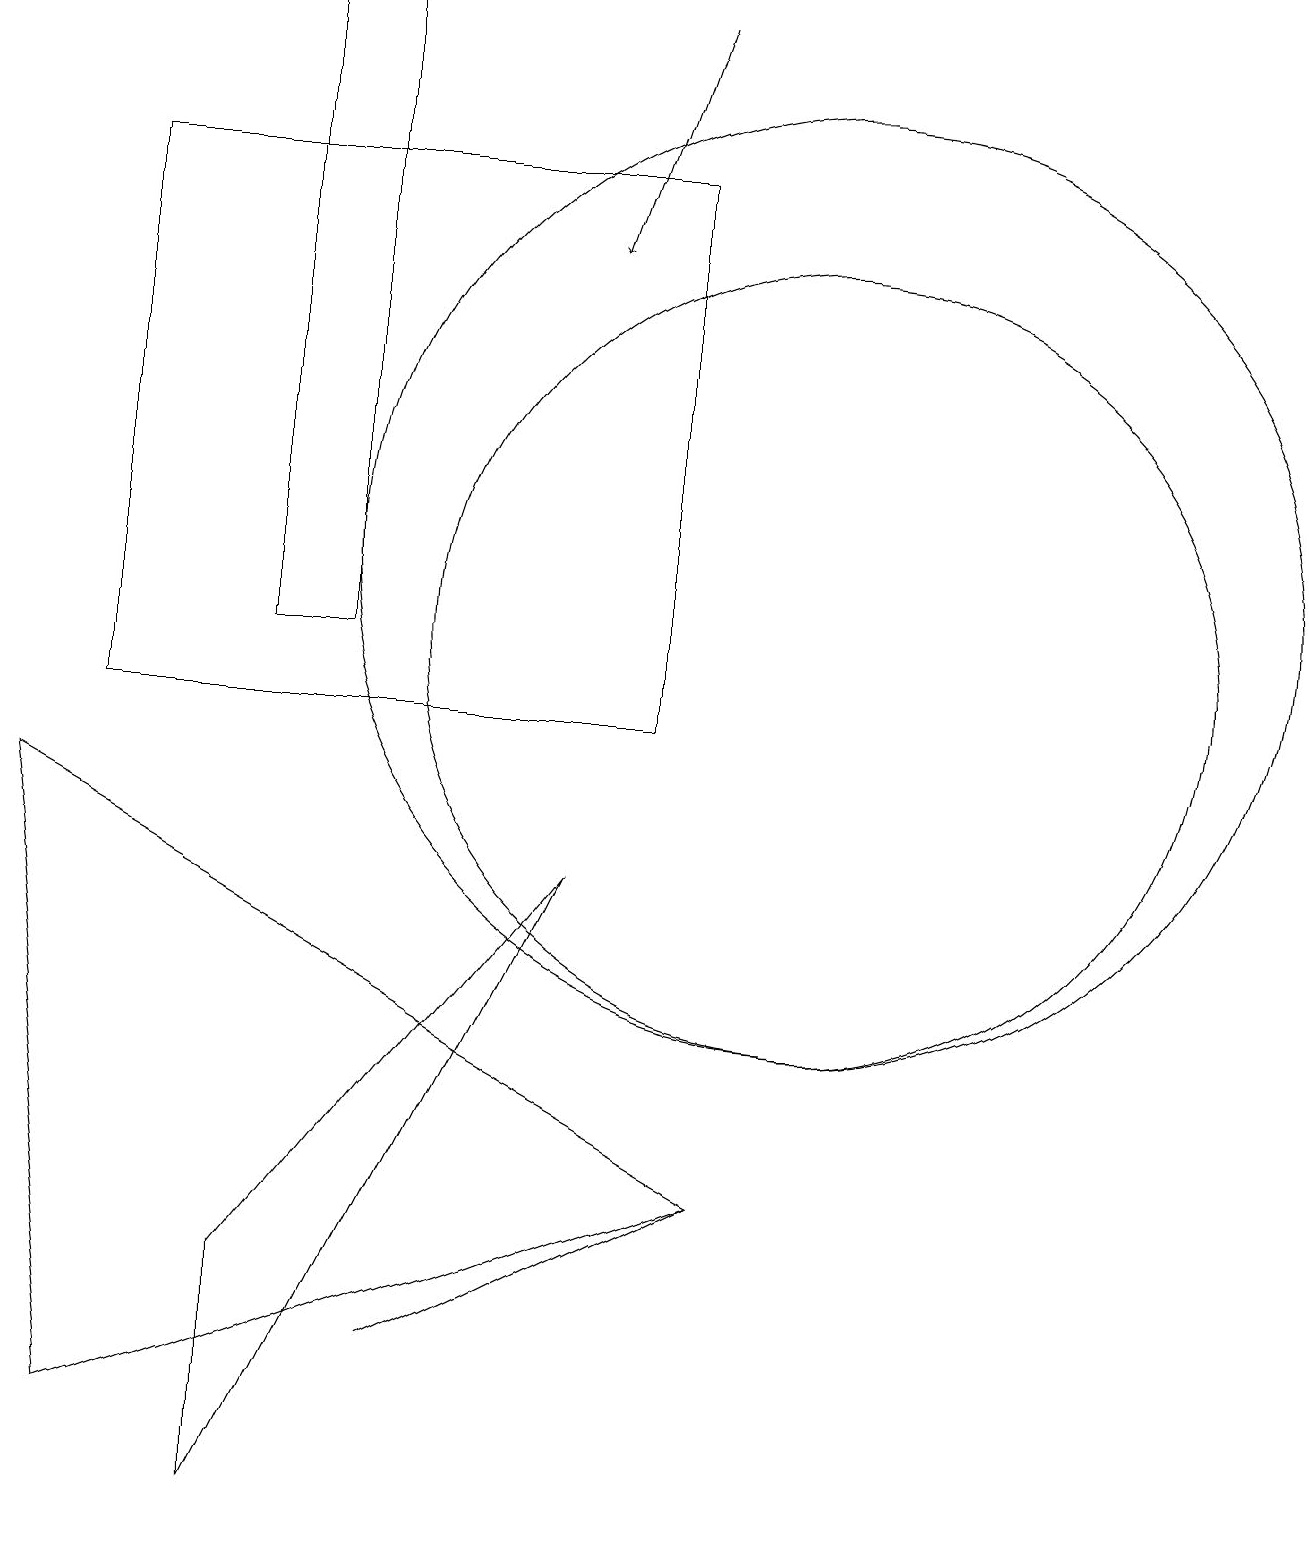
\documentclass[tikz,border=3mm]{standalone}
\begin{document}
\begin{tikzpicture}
\draw (3,3) -- (3,0) -- (7,8) -- cycle;
\draw (1,1) -- (0,9) -- (9,4) -- cycle;
\draw (10,12) circle (6);
\draw (8,17) rectangle (1,10);
\draw (9,4) -- (5,2) -- (7,3) -- cycle;
\draw (10,11) circle (5);
\draw[->] (8,19) -- (7,16);
\draw (4,19) rectangle (3,11);
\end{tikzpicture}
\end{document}